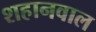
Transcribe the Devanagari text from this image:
शहानवाल